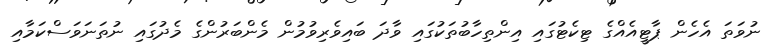
ނުވަތަ އެހެން ޕާޓީއެއްގެ ޓިކެޓުގައި އިންތިހާބުތަކުގައި ވާދަ ބައިވެރިވުމުން މެންބަރުންގެ މެދުގައި ނުތަނަވަސްކަމާއި